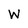
Character: W